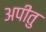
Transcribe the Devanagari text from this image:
अपीतु